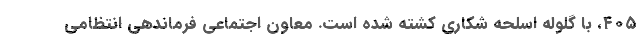
۴۰۵، با گلوله اسلحه شکاری کشته شده است. معاون اجتماعی فرماندهی انتظامی